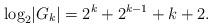
LaTeX: \begin{align*} \log_2 \lvert G_k \rvert = 2^k+2^{k-1}+k+2. \end{align*}